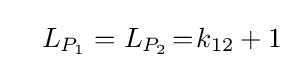
\quad L_{P_{1}}=L_{P_{2}}\!=\!k_{12}+1